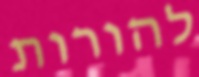
להורות